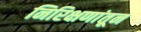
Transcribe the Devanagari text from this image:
निरिक्षणांतून